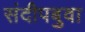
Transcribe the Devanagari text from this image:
संदीपबुवा